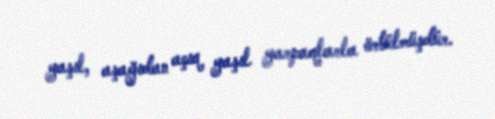
yaşıl, aşağıdan açıq yaşıl yarpaqlarla örtülmüşdür.